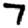
Digit: 7